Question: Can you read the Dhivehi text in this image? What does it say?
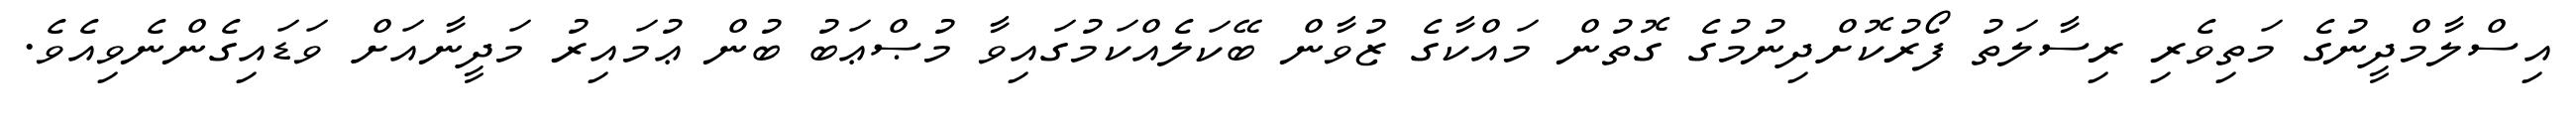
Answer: އިސްލާމްދީނުގެ މަތިވެރި ރިސާލަތު ފޯރުކޮށްދިނުމުގެ ގޮތުން މައްކާގެ ޒުވާން ބޭކަލެއްކަމުގައިވާ މުޞްޢަބު ބުން ޢުމައިރު މަދީނާއަށް ވަޑައިގެންނެވިއެވެ.